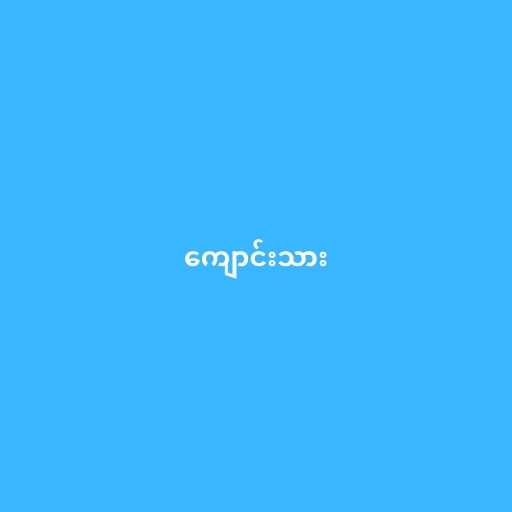
ကျောင်းသား